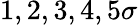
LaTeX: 1,2,3,4,5\sigma